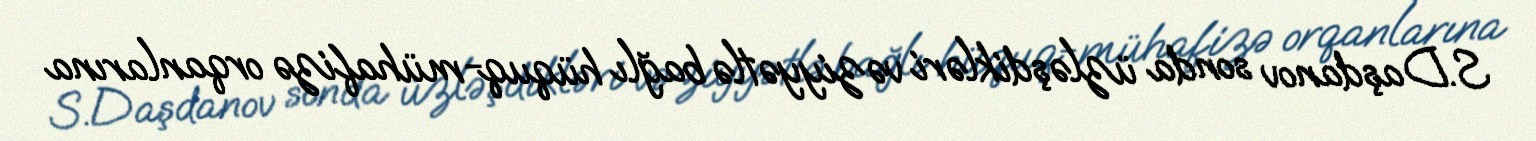
S.Daşdanov sonda üzləşdikləri vəziyyətlə bağlı hüquq-mühafizə orqanlarına